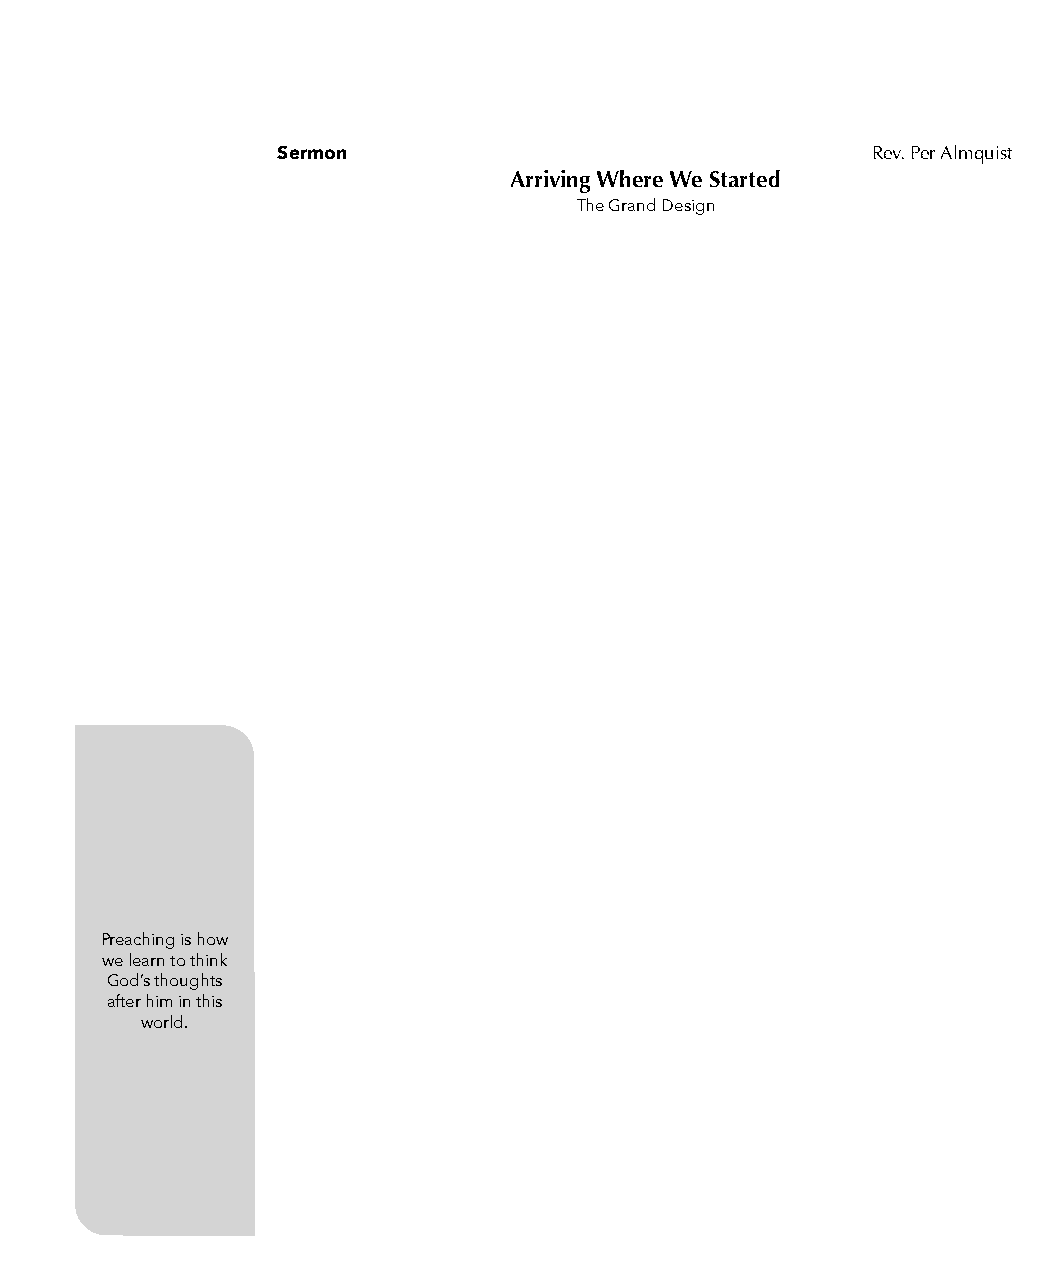
Sermon                                  Rev. Per Almquist
 Arriving Where We Started
 The Grand Design
 Preaching is how
 we learn to think
 God’s thoughts
 after him in this
 world.